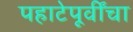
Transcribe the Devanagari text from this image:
पहाटेपूर्वींचा